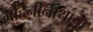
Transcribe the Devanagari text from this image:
गहिनीनाथाचा